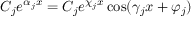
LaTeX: C _ { j } e ^ { \alpha _ { j } x } = C _ { j } e ^ { \chi _ { j } x } \cos ( \gamma _ { j } x + \varphi _ { j } ) \,